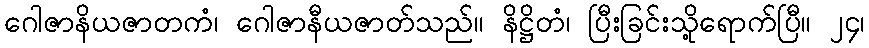
ဂေါဇာနိယဇာတကံ၊ ဂေါဇာနီယဇာတ်သည်။ နိဋ္ဌိတံ၊ ပြီးခြင်းသို့ရောက်ပြီ။ ၂၄၊